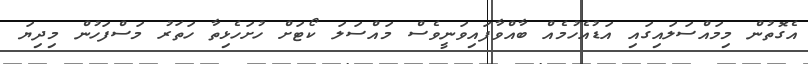
އެގޮތުން މިމައްސަލައިގައި އަޑުއެހުމެއް ބާއްވާފައިވަނީވެސް މައްސަލަ ކޯޓަށް ހުށަހެޅިތާ ހަތަރު މަސްފަހުން މިދިޔަ